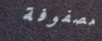
مصفوفة